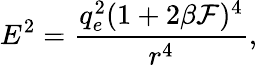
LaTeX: E^{2}=\frac{q_{e}^{2}(1+2\beta{\cal F})^{4}}{r^{4}},